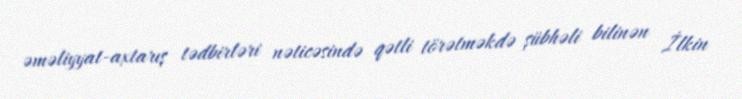
əməliyyat-axtarış tədbirləri nəticəsində qətli törətməkdə şübhəli bilinən İlkin